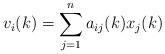
LaTeX: \begin{align*}v_{i}(k)=\sum\limits_{j=1}^{n}a_{ij}(k)x_{j}(k)\end{align*}